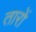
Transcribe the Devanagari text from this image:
तारों